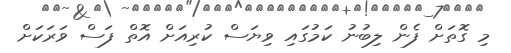
މި ގޮތަށް ފެން ލިބުނު ކަމުގައި ވިޔަސް ކުރިއަށް އޮތް ފަސް ވަރަކަށް